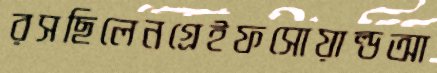
রসছিলেনগ্রেইফসোয়াল্ডআ